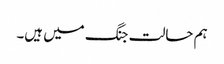
ہم حالت جنگ میں ہیں۔